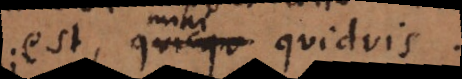
est, quicqu quidvis.